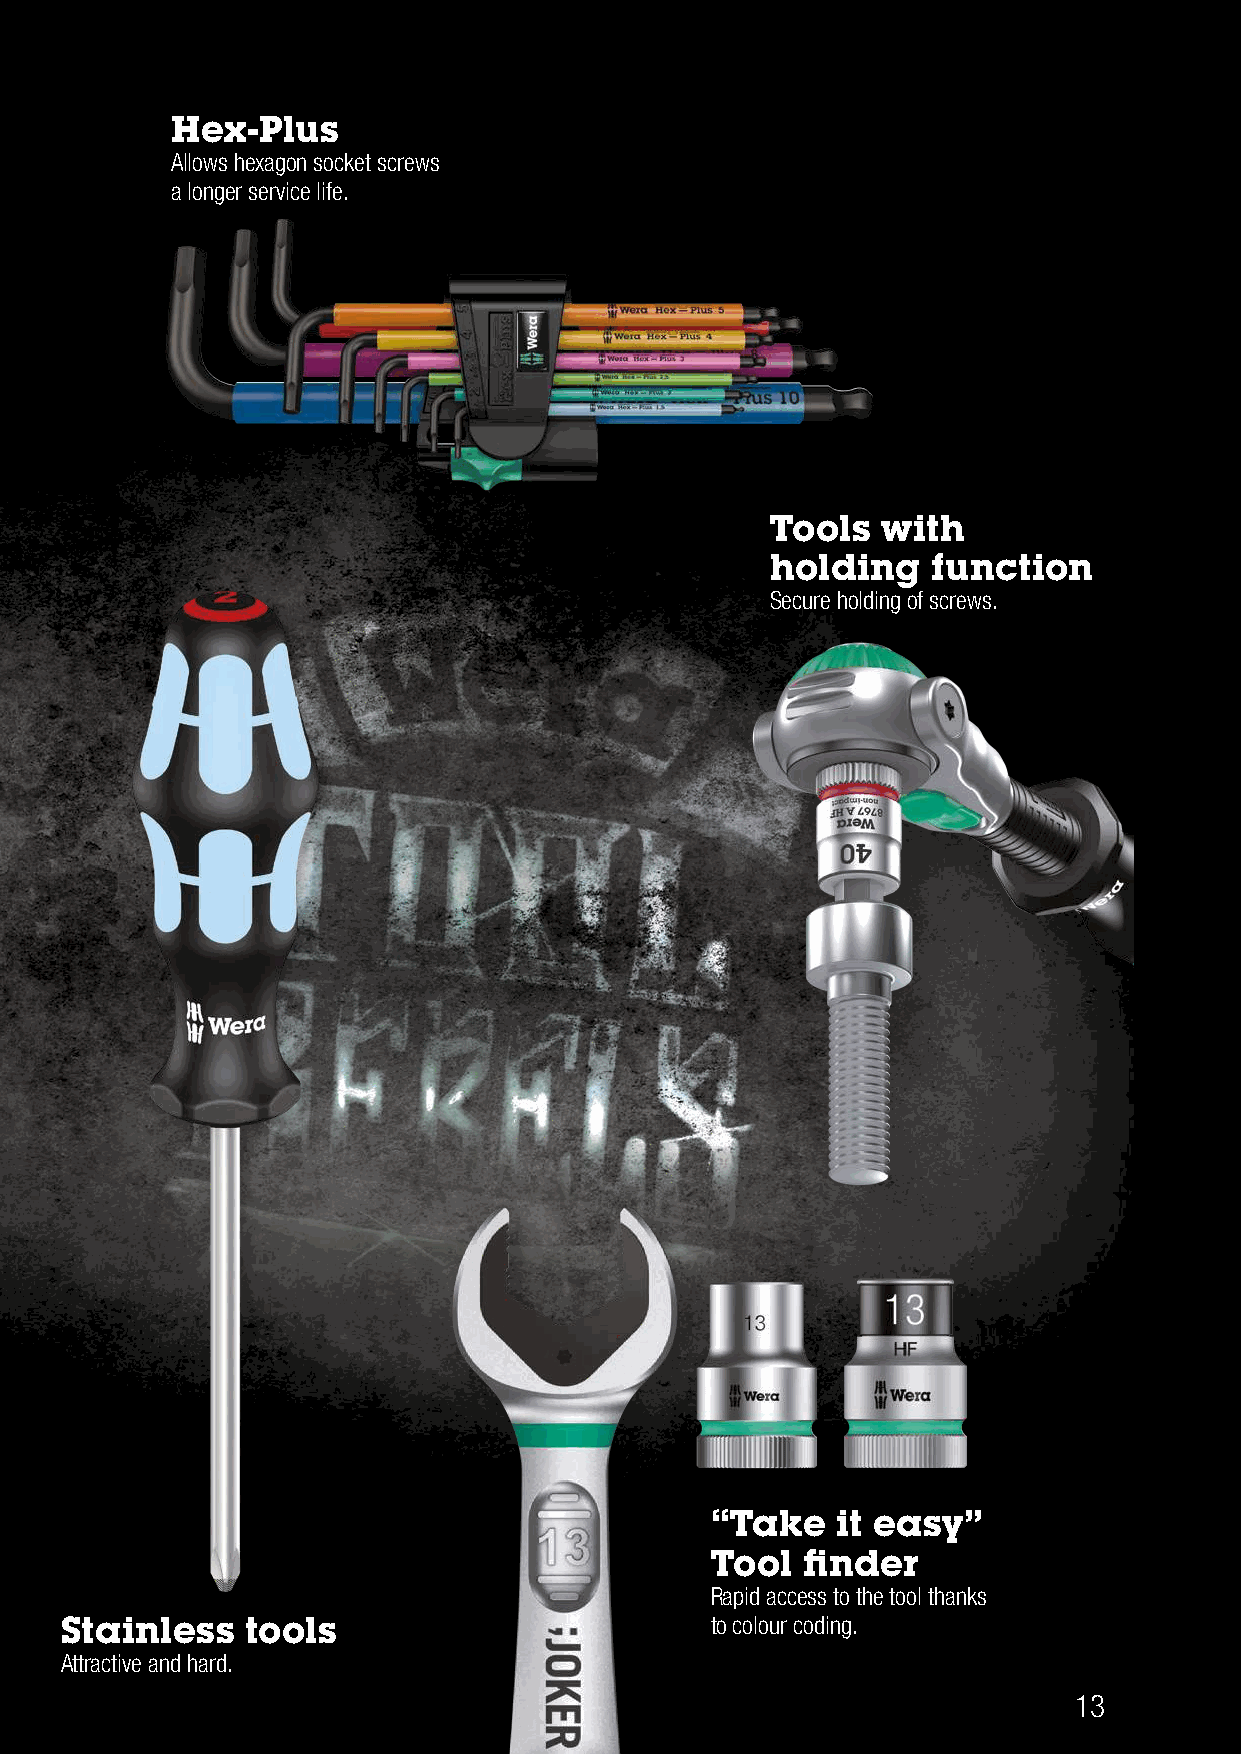
Great Tools for Rebels
 Hex-Plus
 Allows hexagon socket screws
 a longer service life.
 Tools  with
 holding    function
 Secure holding of screws.
 “Take   it easy”
 Tool  finder
 Rapid access to the tool thanks
 Stainless   tools                          to colour coding.
 Attractive and hard.
 13